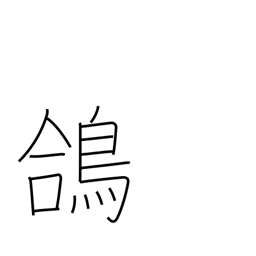
Meaning: temple pigeon